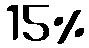
15%